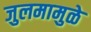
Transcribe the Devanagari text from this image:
जुलमामुळे